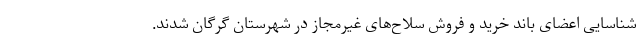
شناسایی اعضای باند خرید و فروش سلاح‌های غیرمجاز در شهرستان گرگان شدند.